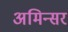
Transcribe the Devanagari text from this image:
अमिन्सर